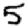
Digit: 5